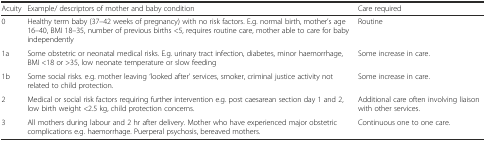
<table><thead><tr><td><b>Acuity</b></td><td><b>Example/ descriptors of mother and baby condition</b></td><td><b>Care required</b></td></tr></thead><tbody><tr><td>0</td><td>Healthy term baby (37–42 weeks of pregnancy) with no risk factors. E.g. normal birth, mother’s age 16–40, BMI 18–35, number of previous births &lt;5, requires routine care, mother able to care for baby independently</td><td>Routine</td></tr><tr><td>1a</td><td>Some obstetric or neonatal medical risks. E.g. urinary tract infection, diabetes, minor haemorrhage, BMI &lt;18 or &gt;35, low neonate temperature or slow feeding</td><td>Some increase in care.</td></tr><tr><td>1b</td><td>Some social risks. e.g. mother leaving ‘looked after’ services, smoker, criminal justice activity not related to child protection.</td><td>Some increase in care.</td></tr><tr><td>2</td><td>Medical or social risk factors requiring further intervention e.g. post caesarean section day 1 and 2, low birth weight &lt;2.5 kg, child protection concerns.</td><td>Additional care often involving liaison with other services.</td></tr><tr><td>3</td><td>All mothers during labour and 2 hr after delivery. Mother who have experienced major obstetric complications e.g. haemorrhage. Puerperal psychosis, bereaved mothers.</td><td>Continuous one to one care.</td></tr></tbody></table>